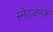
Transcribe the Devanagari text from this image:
स्नेहजनक